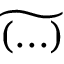
\widetilde { ( . . . ) }